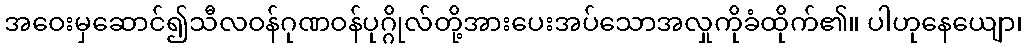
အဝေးမှဆောင်၍သီလဝန်ဂုဏဝန်ပုဂ္ဂိုလ်တို့အားပေးအပ်သောအလှုကိုခံထိုက်၏။ ပါဟုနေယျော၊